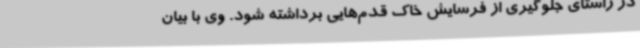
در راستای جلوگیری از فرسایش خاک قدم‌هایی برداشته شود. وی با بیان